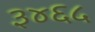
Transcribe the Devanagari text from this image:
३४६५